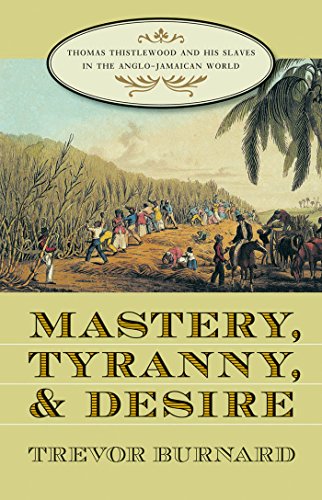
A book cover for Mastery, Tyranny, and Desire: Thomas Thistlewood and His Slaves in the Anglo-Jamaican World; Trevor Burnard; History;